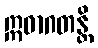
ဣဓာဂတန္တိ